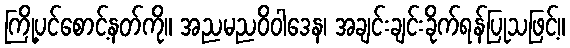
ကြို့ပင်စောင့်နတ်ကို။ အညမညဝိဝါဒေန၊ အချင်းချင်းခိုက်ရန်ပြုသဖြင့်။